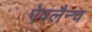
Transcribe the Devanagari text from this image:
ऐवलैन्च